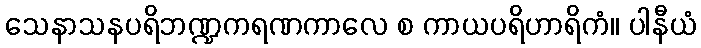
သေနာသနပရိဘဏ္ဍကရဏကာလေ စ ကာယပရိဟာရိကံ။ ပါနီယံ